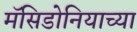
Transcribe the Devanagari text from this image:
मॅसिडोनियाच्या